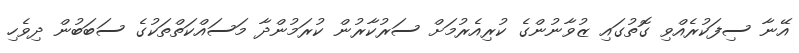
އޭނާ ސިފަކުރެއްވި ގޮތުގައި ޒުވާނުންގެ ކުރިއެރުމަށް ސަރުކާރުން ކުރަމުންދާ މަސައްކަތްތަކުގެ ސަބަބުން ދިވެހި